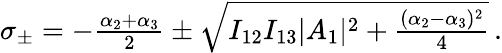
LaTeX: \begin{array}{r}{\sigma_{\pm}=-\frac{\alpha_{2}+\alpha_{3}}{2}\pm\sqrt{I_{12}I_{13}|A_{1}|^{2}+\frac{(\alpha_{2}-\alpha_{3})^{2}}{4}}\mathrm{\, .}}\end{array}